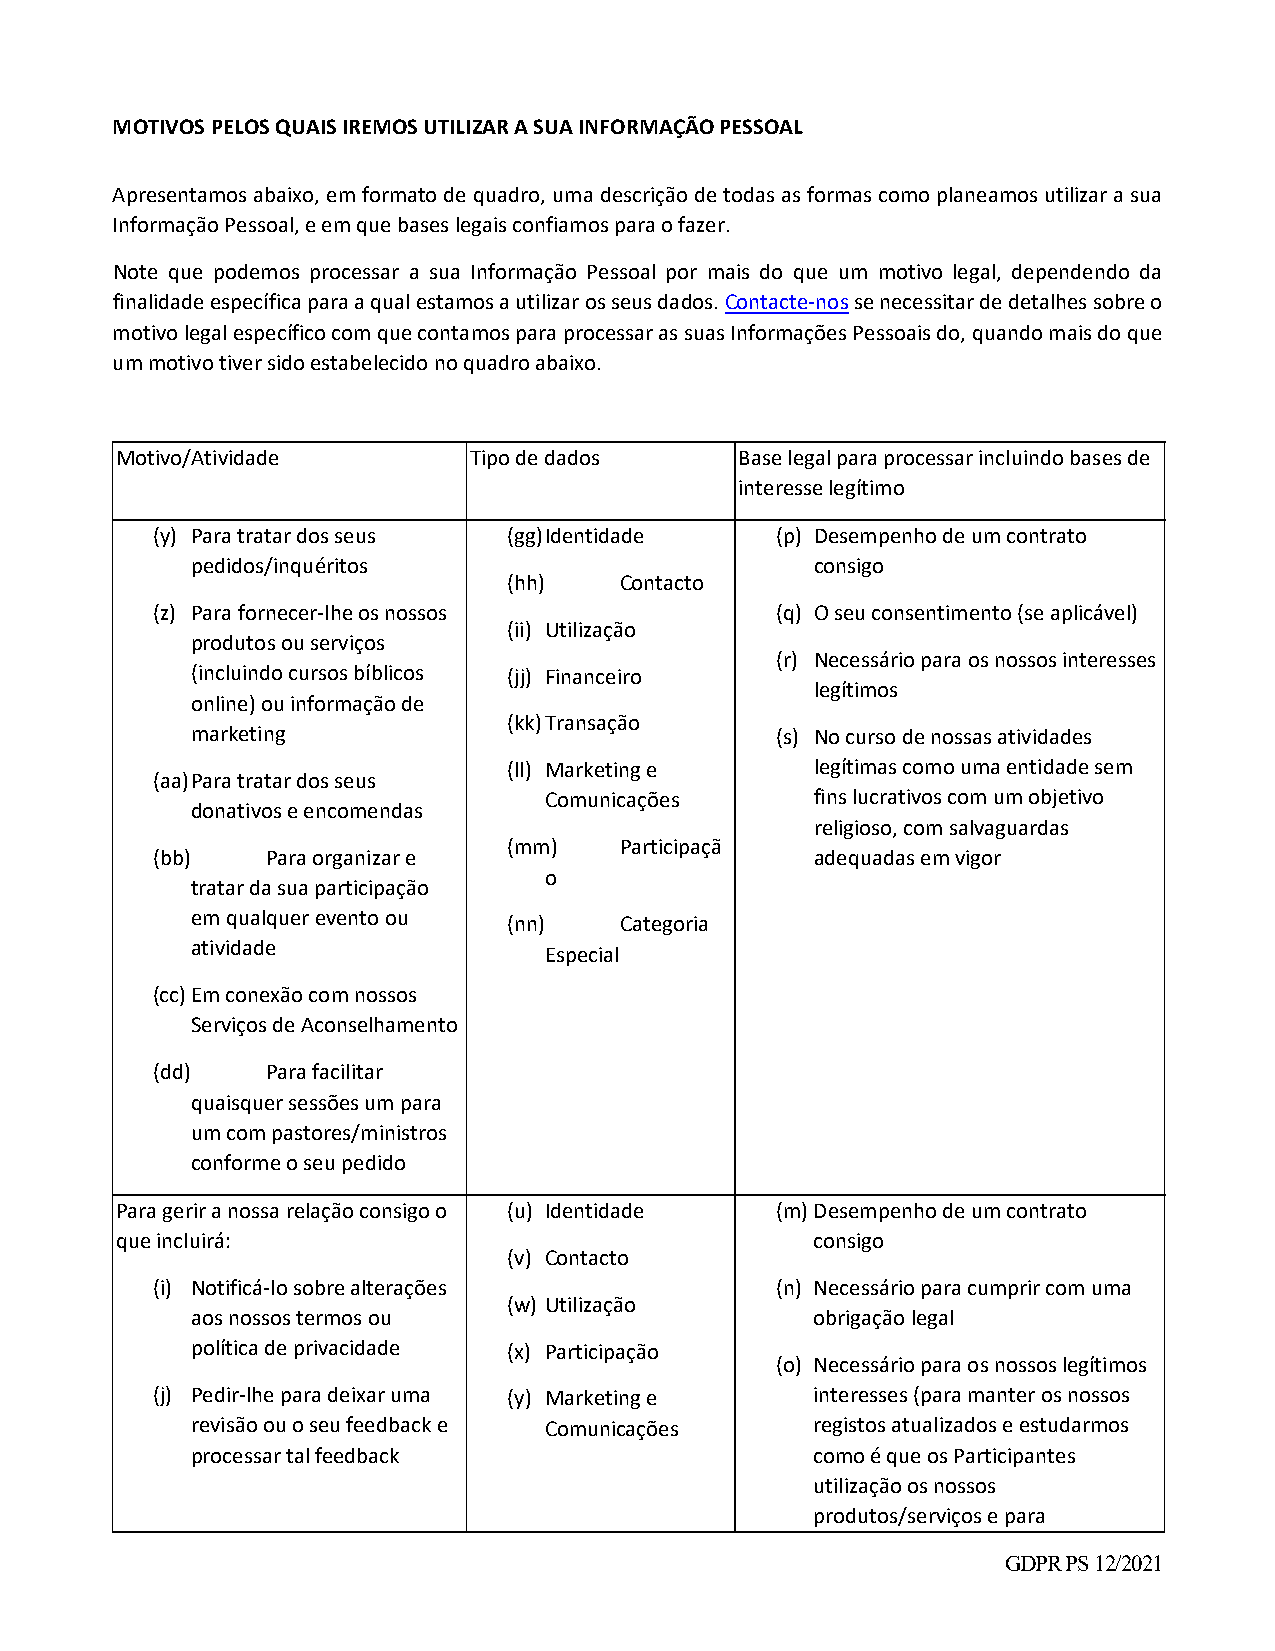
MOTIVOS PELOS QUAIS IREMOS UTILIZAR A SUA INFORMAÇÃO PESSOAL
 Apresentamos abaixo, em formato de quadro, uma descrição de todas as formas como planeamos utilizar a sua
 Informação Pessoal, e em que bases legais confiamos para o fazer.
 Note que podemos processar a sua Informação Pessoal por mais do que um motivo legal, dependendo da
 finalidade específica para a qual estamos a utilizar os seus dados. Contacte‐nos se necessitar de detalhes sobre o
 motivo legal específico com que contamos para processar as suas Informações Pessoais do, quando mais do que
 um motivo tiver sido estabelecido no quadro abaixo.
 Motivo/Atividade       Tipo de dados     Base legal para processar incluindo bases de
 interesse legítimo
 (y) Para tratar dos seus (gg) Identidade (p) Desempenho de um contrato
 pedidos/inquéritos                       consigo
 (hh)   Contacto
 (z) Para fornecer‐lhe os nossos          (q) O seu consentimento (se aplicável)
 (ii) Utilização
 produtos ou serviços
 (r) Necessário para os nossos interesses
 (incluindo cursos bíblicos (jj) Financeiro
 legítimos
 online) ou informação de
 (kk) Transação
 marketing                             (s) No curso de nossas atividades
 (ll) Marketing e    legítimas como uma entidade sem
 (aa) Para tratar dos seus
 Comunicações      fins lucrativos com um objetivo
 donativos e encomendas
 religioso, com salvaguardas
 (mm)   Participaçã
 (bb)    Para organizar e                    adequadas em vigor
 o
 tratar da sua participação
 em qualquer evento ou (nn)  Categoria
 atividade
 Especial
 (cc) Em conexão com nossos
 Serviços de Aconselhamento
 (dd)    Para facilitar
 quaisquer sessões um para
 um com pastores/ministros
 conforme o seu pedido
 Para gerir a nossa relação consigo o (u) Identidade (m) Desempenho de um contrato
 que incluirá:                                 consigo
 (v) Contacto
 (i) Notificá‐lo sobre alterações         (n) Necessário para cumprir com uma
 (w) Utilização
 aos nossos termos ou                     obrigação legal
 política de privacidade (x) Participação
 (o) Necessário para os nossos legítimos
 (j) Pedir‐lhe para deixar uma (y) Marketing e interesses (para manter os nossos
 revisão ou o seu feedback e Comunicações registos atualizados e estudarmos
 processar tal feedback                   como é que os Participantes
 utilização os nossos
 produtos/serviços e para
 GDPR PS 12/2021